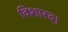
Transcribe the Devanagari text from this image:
विशारद।